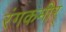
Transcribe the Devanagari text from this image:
रंगकमीर्